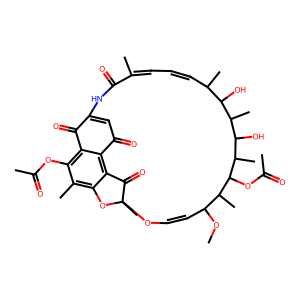
SMILES: COC1C=COC2(C)Oc3c(C)c(OC(C)=O)c4c(c3C2=O)C(=O)C=C(NC(=O)C(C)=CC=CC(C)C(O)C(C)C(O)C(C)C(OC(C)=O)C1C)C4=O
Inhibits HIV replication: No